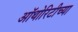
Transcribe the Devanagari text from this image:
ऑथोरिटीच्या